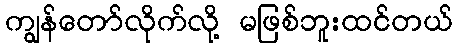
ကျွန်တော်လိုက်လို့ မဖြစ်ဘူးထင်တယ်